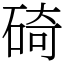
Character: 碕